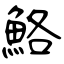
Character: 鮥